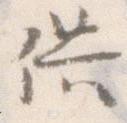
供